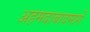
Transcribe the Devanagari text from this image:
अहमदाबादमार्गे